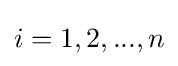
i=1,2,...,n